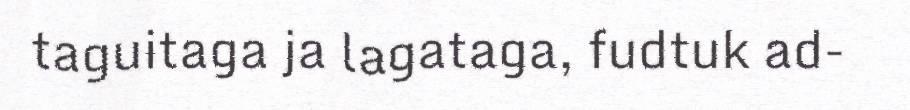
taguitaga ja lagataga, fudtuk ad-